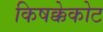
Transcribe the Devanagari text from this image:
किषक्केकोट